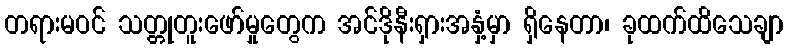
တရားမဝင် သတ္တုတူးဖော်မှုတွေက အင်ဒိုနီးရှားအနှံ့မှာ ရှိနေတာ၊ ခုထက်ထိသေချာ